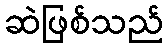
ဆဲဖြစ်သည်